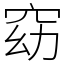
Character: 窈